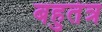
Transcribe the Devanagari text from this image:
बहुतंत्र